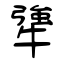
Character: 犟